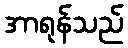
အာရုန်သည်